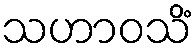
သဟာဝသိံ